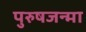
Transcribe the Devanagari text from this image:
पुरुषजन्मा